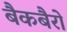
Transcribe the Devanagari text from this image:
बैकबैरो